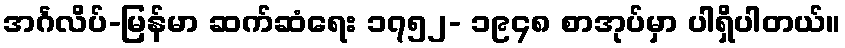
အင်္ဂလိပ်-မြန်မာ ဆက်ဆံရေး ၁၇၅၂- ၁၉၄၈ စာအုပ်မှာ ပါရှိပါတယ်။